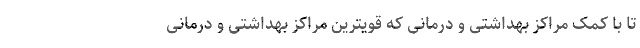
تا با کمک مراکز بهداشتی و درمانی که قویترین مراکز بهداشتی و درمانی